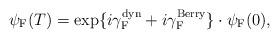
LaTeX: \begin{align*}{\psi}_{\rm F}(T) = \exp\{i {\gamma}_{\rm F}^{\rm dyn} +i {\gamma}_{\rm F}^{\rm Berry} \}\cdot {\psi}_{\rm F}(0),\end{align*}